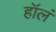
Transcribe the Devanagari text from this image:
हॉलं